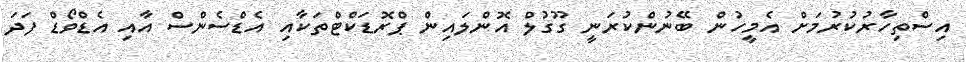
އިސްތިހާރުކުރުމަށް އެމީހުން ބޭނުންކުރަނީ ގޫގުލް އޮންލައިން ޕްރޮޑަކްޓްތަކާއި އެޑްސެންސް އާއި އެޑްވޯޑް ފަދަ